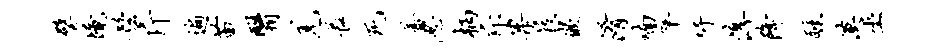
璧境髫斤遍苗翳羌长死普忍柄斥果屐嵌淆喃卒吁淳降醺漠巫